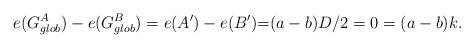
LaTeX: \begin{align*}e(G_{glob}^A) -e(G_{glob}^B) & =e(A')-e(B') {=} (a-b)D/2=0=(a-b)k.\end{align*}